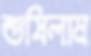
শুষিলাম